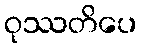
ဝုဿတိပေ